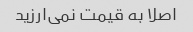
اصلا به قیمت نمی‌ارزید